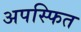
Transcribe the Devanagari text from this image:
अपस्फित